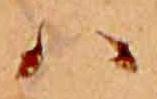
ハ